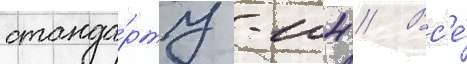
станда́рту -104 // Вс'е́